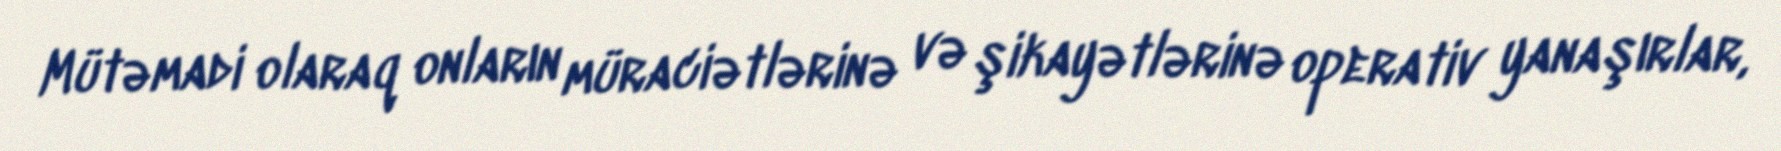
Mütəmadi olaraq onların müraciətlərinə və şikayətlərinə operativ yanaşırlar,